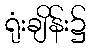
ရုံးချိန်း၌